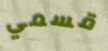
قسمي